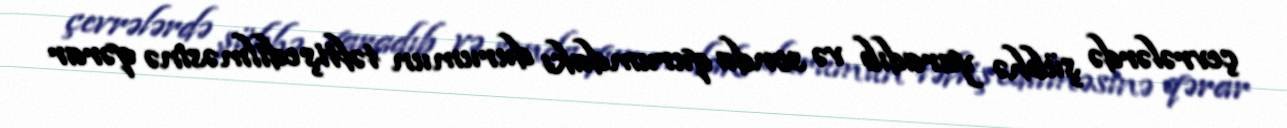
çevrələrdə şübhə yaradıb və sonda qurumdakı durumun təftiş edilməsinə qərar